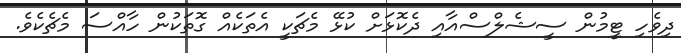
ދިވެހި ޓީމުން ސީޝެލްސްއާއި ދެކޮޅަށް ކުޅޭ މެޗަކީ އެތަކެއް ގޮތަކުން ހާއްސަ މެޗެކެވެ.